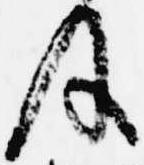
及